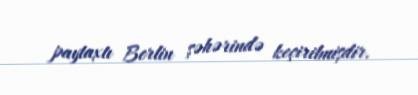
paytaxtı Berlin şəhərində keçirilmişdir.